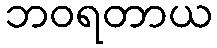
ဘဝရတာယ